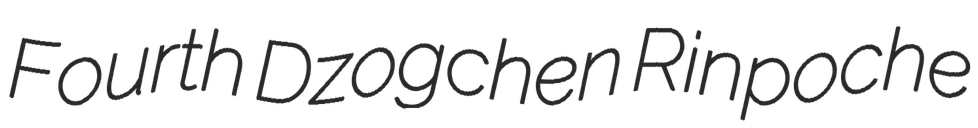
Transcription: Fourth Dzogchen Rinpoche